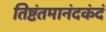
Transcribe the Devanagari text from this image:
तिष्टंतमानंदकंदं